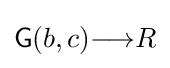
{\mathsf {G}}(b,c){\longrightarrow }R